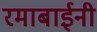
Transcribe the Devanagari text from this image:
रमाबाईनी